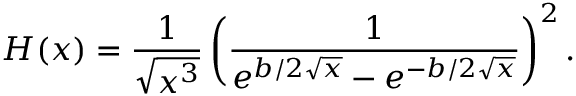
H ( x ) = \frac { 1 } { \sqrt { x ^ { 3 } } } \left( \frac { 1 } { e ^ { b / 2 \sqrt { x } } - e ^ { - b / 2 \sqrt { x } } } \right) ^ { 2 } .